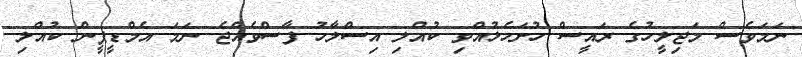
ނަމަވެސް މަޖިލީހުގެ ރައީސް ހުށަހެޅުއްވި ކުއްލި އިސްލާހު ފާސްވެއްޖެ ނަމަ އެމްޑީޕީން ކުއްލި